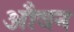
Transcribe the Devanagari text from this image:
औवन